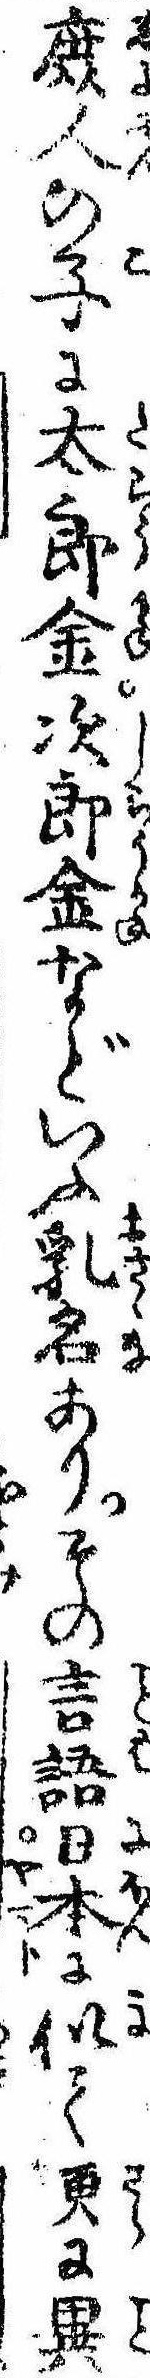
庶人の子に太郎金次郎金などいふ乳名ありその言語日本に似て更に異